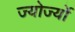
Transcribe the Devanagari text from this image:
ज्योर्ज्यो